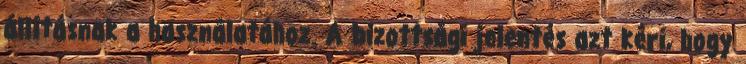
állításnak a használatához. A bizottsági jelentés azt kéri, hogy